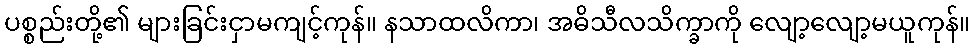
ပစ္စည်းတို့၏ များခြင်းငှာမကျင့်ကုန်။ နသာထလိကာ၊ အဓိသီလသိက္ခာကို လျော့လျော့မယူကုန်။